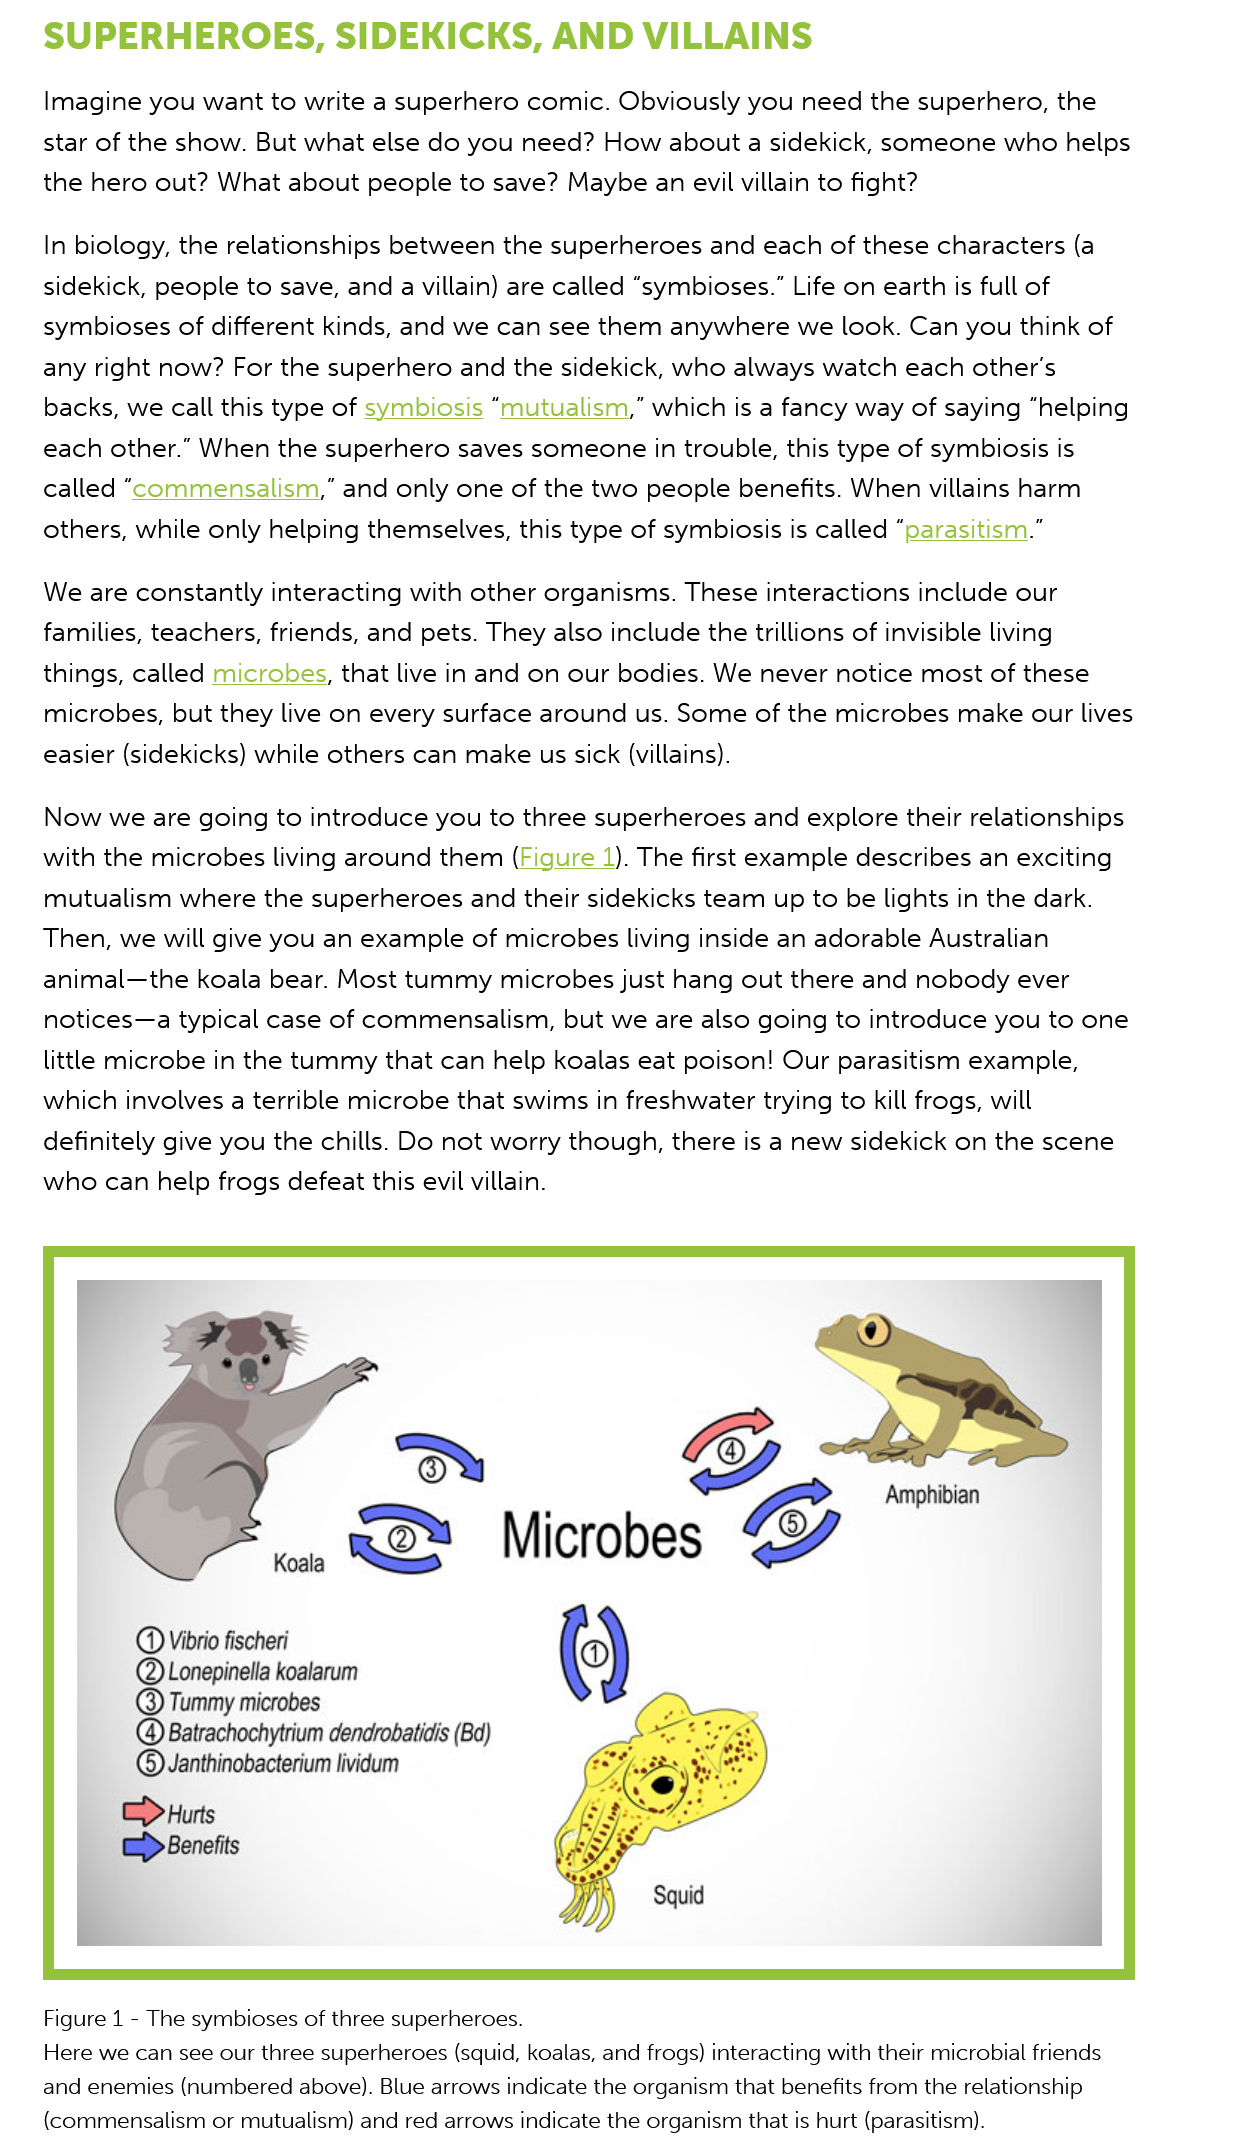
SUPERHEROES,    SIDEKICKS,    AND    VILLAINS
    Imagine  you  want to write a superhero   comic. Obviously  you  need  the superhero,  the
    star of the show. But what  else do you  need?  How   about a sidekick, someone   who helps
    the hero  out? What  about  people  to save? Maybe an evil  villain to fight?
    In biology, the relationships between  the superheroes   and  each of these characters (a
    sidekick, people  to save, and a villain) are called “symbioses.” Life on earth is full of
    symbioses of different  kinds, and we  can see  them  anywhere   we look. Can  you think of
    any  right now?  For the superhero  and the sidekick, who  always  watch  each other's
    backs, we call this type of symbiosis “mutualism,”  which is a fancy way  of saying “helping
    each  other.” When  the superhero   saves someone in   trouble, this type of symbiosis is
    called “commensalism,”    and only one  of the two  people  benefits. When villains harm
    others, while only  helping themselves, this type of symbiosis  is called “parasitism.”
    We  are constantly  interacting with other organisms.  These  interactions include our
    families, teachers, friends, and pets. They also include the trillions of invisible living
    things, called microbes,  that live in and on our bodies. We never  notice most  of these
    microbes,  but they  live on every surface around  us. Some of  the microbes  make our lives
    easier (sidekicks) while others can make us sick (villains).
    Now   we are  going to introduce  you to three superheroes and   explore their relationships
    with the  microbes living around  them  (Figure 1). The first example describes an exciting
    mutualism   where  the superheroes and   their sidekicks team  up to be lights in the dark.
    Then,  we will give you an example   of microbes living inside an adorable  Australian
    animal—the   koala  bear. Most tummy   microbes just  hang  out there and  nobody  ever
    notices—a   typical case of commensalism,    but we are also going  to introduce you  to one

    little microbe in the tummy that  can  help koalas eat poison! Our  parasitism example,
    which involves a  terrible microbe  that swims in freshwater trying to kill frogs, will
    definitely give you the chills. Do not worry though, there  is a new sidekick on the scene
    who can help   frogs defeat this evil villain.
     Koala
     Microbes
     Amphibian
     Q  Vibrio fischeri
     @Lonepinella koalarum
     @  Tummy microbes
     @  Batrachochytrium dendrobatidis (Bd)
     ©  Janthinobacterium lividum
     Hurts
     Benefits
     Squid
    Figure 1
     -
     The symbioses of three superheroes.
    Here we can see our three superheroes (squid, koalas, and frogs) interacting with their microbial friends
    and enemies (numbered above). Blue arrows indicate the organism that benefits from the relationship
    (commensalism  or mutualism) and red arrows indicate the organism that is hurt (parasitism).